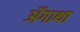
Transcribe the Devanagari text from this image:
ॲगाथा